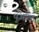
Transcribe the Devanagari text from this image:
पुआंल